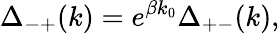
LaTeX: \Delta_{-+}(k)=e^{\beta k_{0}}\Delta_{+-}(k),